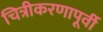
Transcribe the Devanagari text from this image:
चित्रीकरणापूर्वी